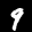
Label: 9